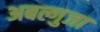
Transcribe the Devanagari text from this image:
अबल्गुजा